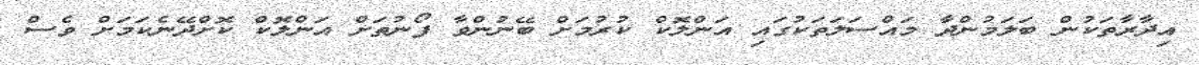
އިދާރާތަކުން ބަލަމުންދާ މައްސަލަތަކުގައި އަންލޮކް ކުރުމަށް ބޭނުންވާ ފޯނުތަށް އަންލޮކް ކޮށްދޭނެކަމަށް ވެސް